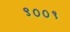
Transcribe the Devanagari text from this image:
९००१